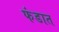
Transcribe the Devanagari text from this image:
फंडात